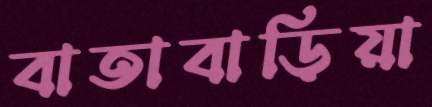
বাতাবাড়িয়া